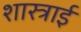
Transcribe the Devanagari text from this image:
शास्त्राई